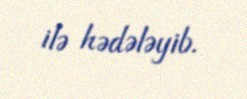
ilə hədələyib.